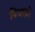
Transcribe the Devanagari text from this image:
बियाफ़ो